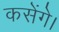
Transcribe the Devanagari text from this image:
कसेंगे।